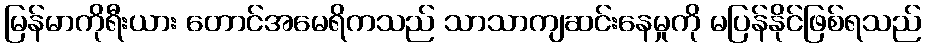
မြန်မာကိုရီးယား တောင်အမေရိကသည် သာသာကျဆင်းနေမှုကို မပြန်နိုင်ဖြစ်ရသည်